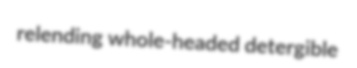
relending whole-headed detergible